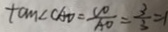
\tan \angle C A D = \frac { C D } { A D } = \frac { 3 } { 3 } = 1